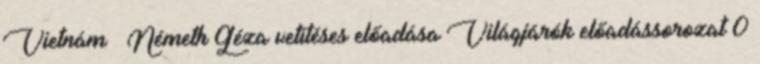
Vietnám – Németh Géza vetítéses előadása Világjárók előadássorozat 0